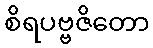
စိရပဗ္ဗဇိတော